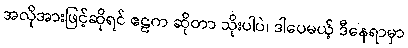
အလိုအားဖြင့်ဆိုရင် ဧဠက ဆိုတာ သိုးပါပဲ၊ ဒါပေမယ့် ဒီနေရာမှာ